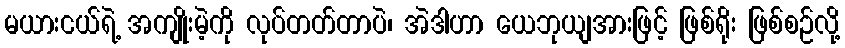
မယားငယ်ရဲ့ အကျိုးမဲ့ကို လုပ်တတ်တာပဲ၊ အဲဒါဟာ ယေဘုယျအားဖြင့် ဖြစ်ရိုး ဖြစ်စဉ်လို့